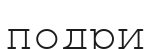
подри